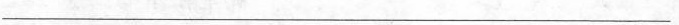
___